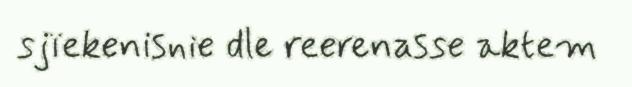
sjïekenisnie dle reerenasse aktem